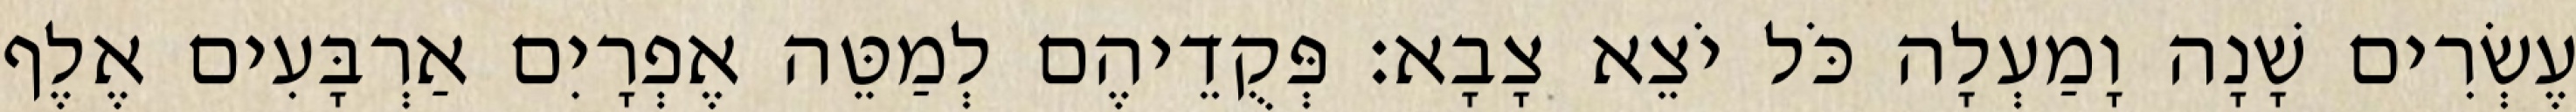
עֶשְׂרִים שָׁנָה וָמַעְלָה כֹּל יֹצֵא צָבָא׃ פְּקֻדֵיהֶם לְמַטֵּה אֶפְרָיִם אַרְבָּעִים אֶלֶף